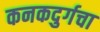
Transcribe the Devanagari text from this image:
कनकदुर्गचा